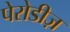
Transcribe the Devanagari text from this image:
पेरोडीज़